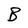
Character: B